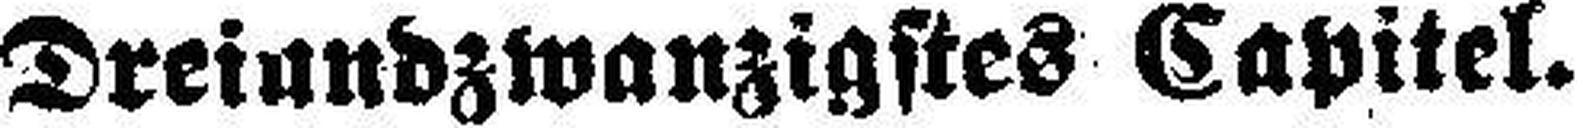
Dreiundzwanzigstes Capitel.